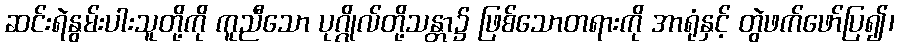
ဆင်းရဲနွမ်းပါးသူတို့ကို ကူညီသော ပုဂ္ဂိုလ်တို့သန္တာ၌ ဖြစ်သောတရားကို အာရုံနှင့် တွဲဖက်ဖော်ပြ၍၊